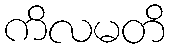
ကိလမတိ